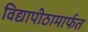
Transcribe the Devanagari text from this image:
विद्यापीठामार्फत